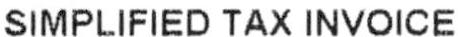
SIMPLIFIED TAX INVOICE